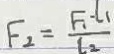
F _ { 2 } = \frac { F _ { 1 } - l _ { 1 } } { l _ { 2 } }